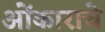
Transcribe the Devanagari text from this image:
ओंकाराचे